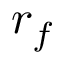
r _ { f }